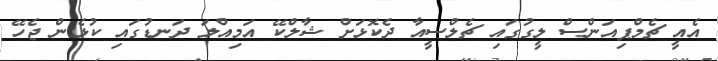
އެއީ ޗެމްޕިއަންސް ލީގުގައި ޗެލްސީއާ ދެކޮޅަށް ޝާލްކޭ އަމިއްލަ ދަނޑުގައި ކުޅެން ޖެހޭ